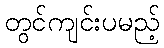
တွင်ကျင်းပမည့်